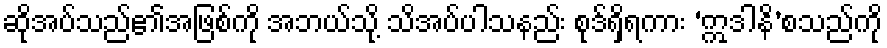
ဆိုအပ်သည်၏အဖြစ်ကို အဘယ်သို့ သိအပ်ပါသနည်း စုဒ်ရှိရကား ‘ဣဒါနိ’စသည်ကို